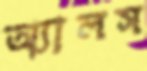
অ্যালস